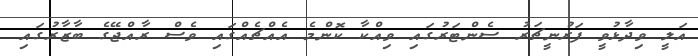
އަލީ ވިދާޅުވީ ފަރުނީޗަރު ސެންޓަރުގައި ވިއްކާ ކޮންމެ އެއްޗެއްގައި ވެސް ރާއްޖޭގެ ބާޒާރުގައި